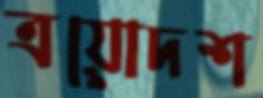
ত্রয়োদশ